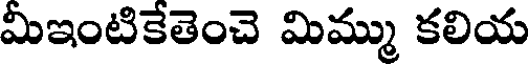
మీఇంటికేతెంచె మిమ్ము కలియ